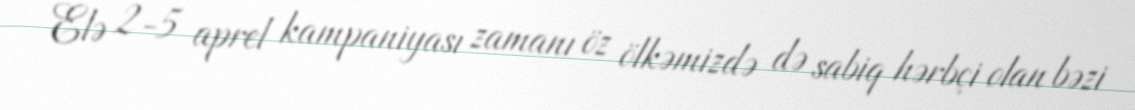
Elə 2-5 aprel kampaniyası zamanı öz ölkəmizdə də sabiq hərbçi olan bəzi